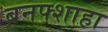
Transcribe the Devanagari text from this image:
बनफ्शाहा